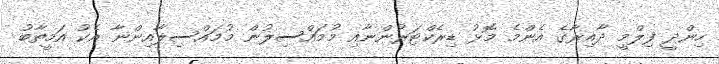
ހިންދީ ފިލްމީ ދާއިރާގެ އެންމެ މޮޅު ޑިރެކްޓަރުންނާއި މުމައްސިލުން މުމައްސިލާއިންނާ އެކު އަމީތާބު